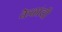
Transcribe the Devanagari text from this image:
केळांची